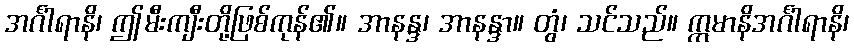
အင်္ဂါရာနိ၊ ဤမီးကျီးတို့ဖြစ်ကုန်၏။ အာနန္ဒ၊ အာနန္ဒာ။ တွံ၊ သင်သည်။ ဣမာနိအင်္ဂါရာနိ၊